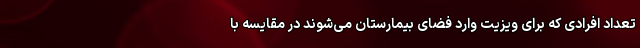
تعداد افرادی که برای ویزیت وارد فضای بیمارستان می‌شوند در مقایسه با